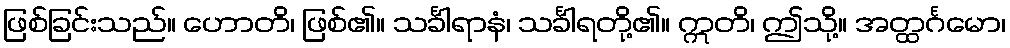
ဖြစ်ခြင်းသည်။ ဟောတိ၊ ဖြစ်၏။ သင်္ခါရာနံ၊ သင်္ခါရတို့၏။ ဣတိ၊ ဤသို့။ အတ္ထင်္ဂမော၊